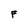
Character: F